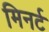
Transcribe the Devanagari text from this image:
मिनर्ट